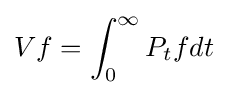
Vf=\int _{0}^{\infty }P_{t}fdt~